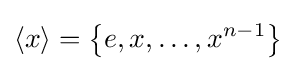
\langle x\rangle =\left\{e,x,\ldots ,x^{n-1}\right\}